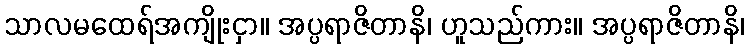
သာလမထေရ်အကျိုးငှာ။ အပ္ပရာဇိတာနိ၊ ဟူသည်ကား။ အပ္ပရာဇိတာနိ၊